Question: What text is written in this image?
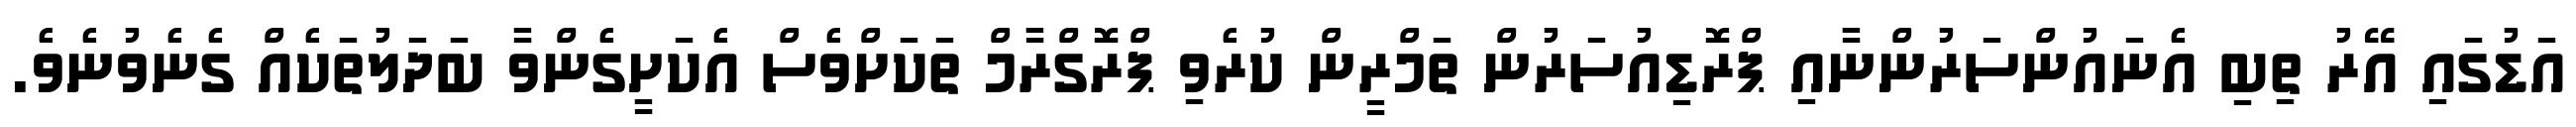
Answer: އަޑުގައި އޭރު ތިބި އެނައުންސަރުންނާއި ޕްރޮޑިއުސަރުން ތަމްރީން ކުރެވި ޕްރޮގްރާމް ތަކަށްވެސް އެކަށީގެންވާ ބަދަލުތަކެއް ގެނެވުނެވެ.